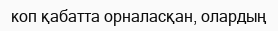
коп қабатта орналасқан, олардың